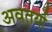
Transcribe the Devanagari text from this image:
अवतर्या